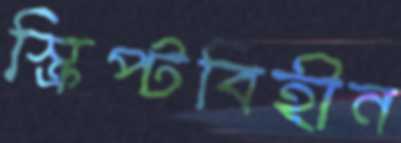
স্ক্রিপ্টবিহীন